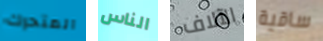
المتحرك الناس الآلاف ساقية